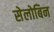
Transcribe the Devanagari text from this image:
सेलोबिन